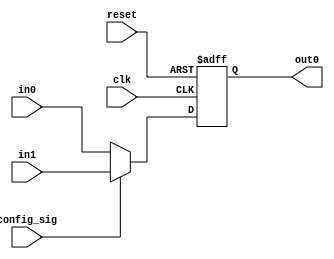
// Module Name: MEM
// Module Type: FUNC_CELL
// Include Module:
// Input Ports: in0 in1
// Output Ports: out0
// Special Ports: clk reset config_sig
// Config Width: 1

module MEM(clk, reset, config_sig, in0, in1, out0);
    parameter size = 32;
    // Specifying the ports
    input clk, reset, config_sig;
    input [size-1:0] in0, in1;
    output reg [size-1:0] out0;

    always @(posedge clk, posedge reset)
        if (reset == 1)
            out0 <= 0;
        else if (config_sig == 0)
            out0 <= in0;
        else
            out0 <= in1;
endmodule